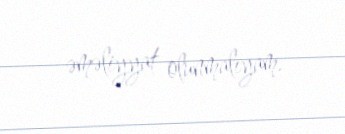
əməliyyat olunmalıyam.